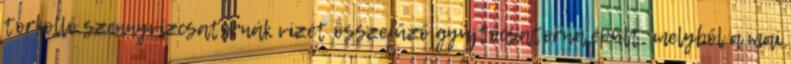
torkolló szennyvízcsatornák vizét összefűző gyűjtőcsatorna épült, melyből a mai